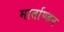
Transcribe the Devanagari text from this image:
मार्ताण्डन